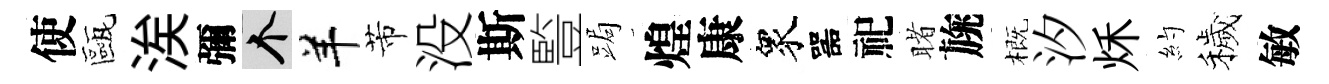
使甌涘彌个羊芾没斯䜿跼煌康衆噐祀睹旐概汐秌約穢敏